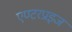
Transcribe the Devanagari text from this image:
एण्टरप्राइज